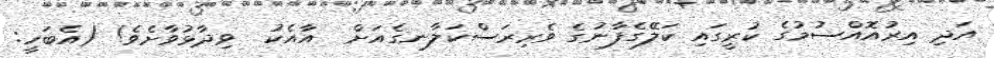
އަދި އިރުއޮއްސުމުގެ ކުރީގައި ކަލޭގެފާނުގެ ވެރިރަސްކަލާނގެއަށް  އާއެކު  ވިދާޅުވާށެވެ! (އެބަހީ: